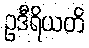
ဥဒီရိယတိ